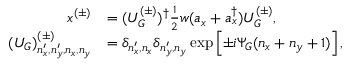
\begin{array} { r l } { x ^ { ( \pm ) } } & { = ( U _ { G } ^ { ( \pm ) } ) ^ { \dag } \frac { 1 } { 2 } w ( a _ { x } + a _ { x } ^ { \dag } ) U _ { G } ^ { ( \pm ) } , } \\ { ( U _ { G } ) _ { n _ { x } ^ { \prime } , n _ { y } ^ { \prime } , n _ { x } , n _ { y } } ^ { ( \pm ) } } & { = \delta _ { n _ { x } ^ { \prime } , n _ { x } } \delta _ { n _ { y } ^ { \prime } , n _ { y } } \exp \left[ \pm i \Psi _ { G } ( n _ { x } + n _ { y } + 1 ) \right] , } \end{array}